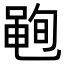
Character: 𮮣